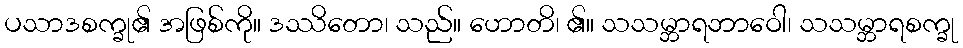
ပသာဒစက္ခု၏ အဖြစ်ကို။ ဒဿိတော၊ သည်။ ဟောတိ၊ ၏။ သသမ္ဘာရဘာဝေါ၊ သသမ္ဘာရစက္ခု